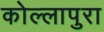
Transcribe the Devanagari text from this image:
कोल्लापुरा